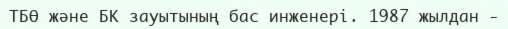
ТБӨ және БК зауытының бас инженері. 1987 жылдан -